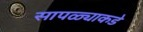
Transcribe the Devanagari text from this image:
सापळ्याकडे